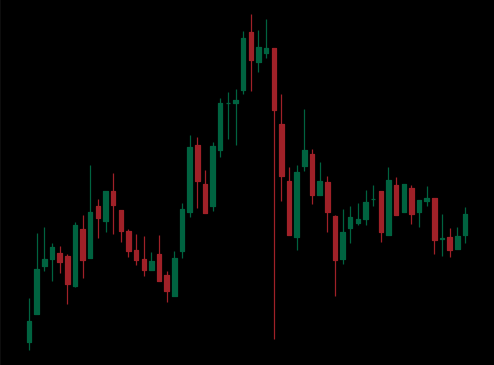
Pattern: head_shoulders